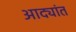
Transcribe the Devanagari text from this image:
आद्यांत